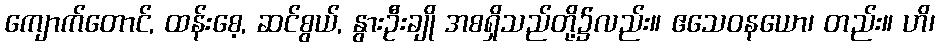
ကျောက်တောင်, ထန်းစေ့, ဆင်စွယ်, နွားဦးချို အစရှိသည်တို့၌လည်း။ ဧသေဝနယော၊ တည်း။ ဟိ၊